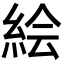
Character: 絵